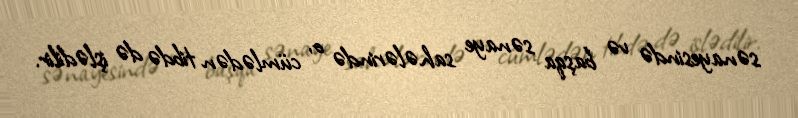
sənayesində və başqa sənaye sahələrində o, cümlədən tibdə də işlədilir.